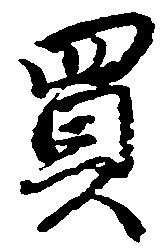
買